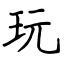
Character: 玩